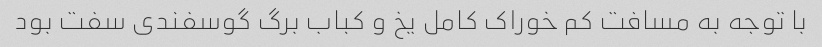
با توجه به مسافت کم خوراک کامل یخ و کباب برگ گوسفندی سفت بود